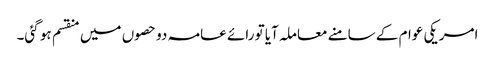
امریکی عوام کے سامنے معاملہ آیا تو رائے عامہ دو حصوں میں منقسم ہو گئی۔